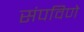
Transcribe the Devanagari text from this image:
संपविणे